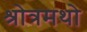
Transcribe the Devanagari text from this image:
श्रोत्रमथो